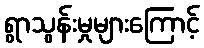
ရွာသွန်းမှုများကြောင့်